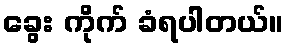
ခွေး ကိုက် ခံရပါတယ်။